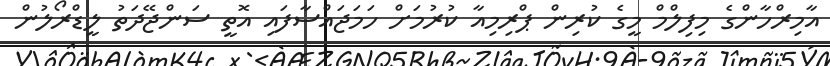
އާމިރްހާންގެ މިފިލްމް މީގެ ކުރިން ޕްރިމިއާ ކުރުމަށް ހަމަޖައްސާފައި އޮތީ ސަންޖޭދަތު ލީޑްރޯލުން